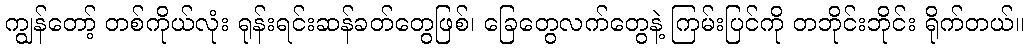
ကျွန်တော့် တစ်ကိုယ်လုံး ရုန်းရင်းဆန်ခတ်တွေဖြစ်၊ ခြေတွေလက်တွေနဲ့ ကြမ်းပြင်ကို တဘိုင်းဘိုင်း ရိုက်တယ်။